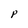
Character: P